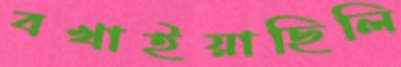
বখাইয়াছিলি